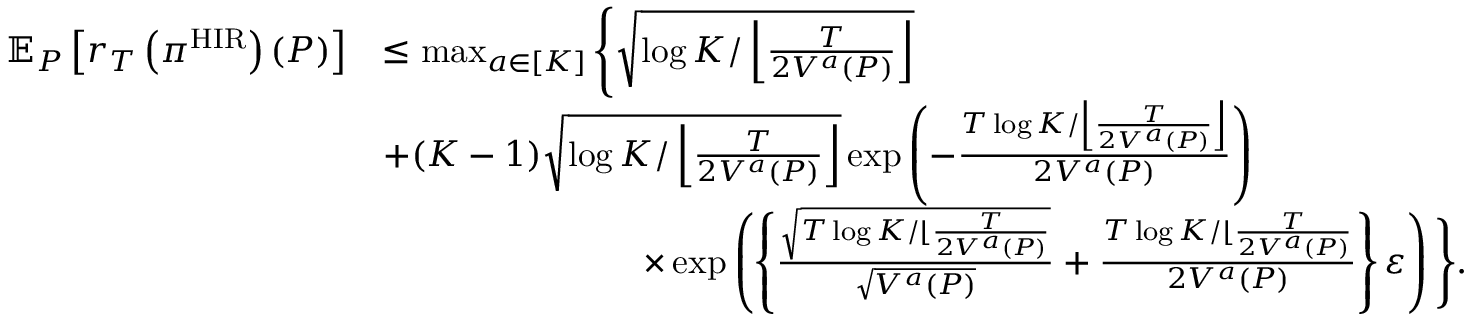
\begin{array} { r l } { \mathbb { E } _ { P } \left[ r _ { T } \left( \pi ^ { \mathrm { H I R } } \right) ( P ) \right] } & { \leq \operatorname* { m a x } _ { a \in [ K ] } \Bigg \{ \sqrt { \log K / \left\lfloor \frac { T } { 2 V ^ { a } ( P ) } \right\rfloor } } \\ & { + ( K - 1 ) \sqrt { \log K / \left\lfloor \frac { T } { 2 V ^ { a } ( P ) } \right\rfloor } \exp \left( - \frac { T \log K / \left\lfloor \frac { T } { 2 V ^ { a } ( P ) } \right\rfloor } { 2 V ^ { a } ( P ) } \right) } \\ & { \ \ \ \ \ \ \ \ \ \ \ \ \ \ \ \ \ \ \ \ \ \ \times \exp \left( \left\{ \frac { \sqrt { T \log K / \lfloor \frac { T } { 2 V ^ { a } ( P ) } } } { \sqrt { V ^ { a } ( P ) } } + \frac { T \log K / \lfloor \frac { T } { 2 V ^ { a } ( P ) } } { 2 V ^ { a } ( P ) } \right\} \varepsilon \right) \Bigg \} . } \end{array}